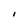
Character: i